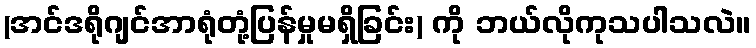
(အင်ဒရိုဂျင်အာရုံတုံ့ပြန်မှုမရှိခြင်း) ကို ဘယ်လိုကုသပါသလဲ။